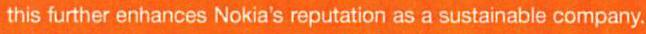
this further enhances Nokia's reputation as a sustainable company.